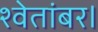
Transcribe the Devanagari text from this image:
श्वेतांबर।